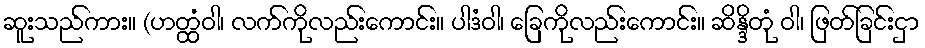
ဆူးသည်ကား။ (ဟတ္ထံဝါ၊ လက်ကိုလည်းကောင်း။ ပါဒံဝါ၊ ခြေကိုလည်းကောင်း။ ဆိန္ဒိတုံ ဝါ၊ ဖြတ်ခြင်းငှာ